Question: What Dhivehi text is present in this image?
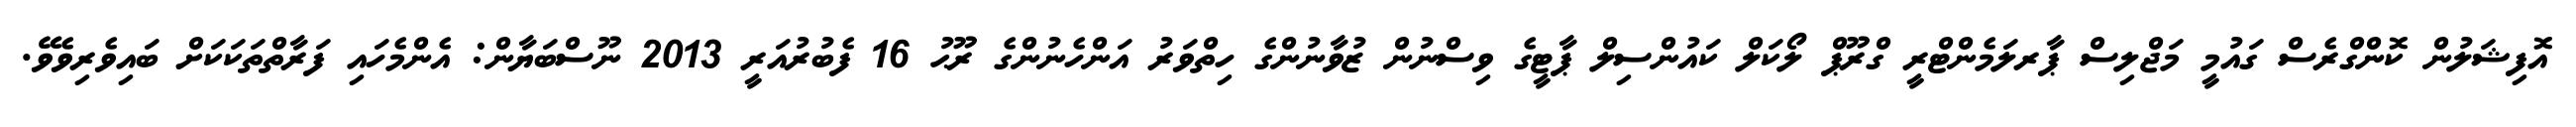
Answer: އޮފިޝަލުން ކޮންގްރެސް ގައުމީ މަޖްލިސް ޕާރލަމެންޓްރީ ގްރޫޕް ލޯކަލް ކައުންސިލް ޕާޓީގެ ވިސްނުން ޒުވާނުންގެ ހިތްވަރު އަންހެނުންގެ ރޫޙު 16 ފެބުރުއަރީ 2013 ނޫސްބަޔާން: އެންމެހައި ފަރާތްތަކަކަށް ބައިވެރިވެވޭ.